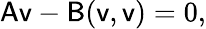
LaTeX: \mathsf{A}\mathsf{v}-\mathsf{B}(\mathsf{v},\mathsf{v})=0,